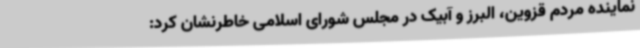
نماینده مردم قزوین، البرز و آبیک در مجلس شورای اسلامی خاطرنشان کرد: